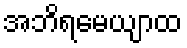
အဘိရမေယျာထ